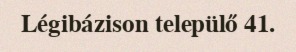
Légibázison települő 41.